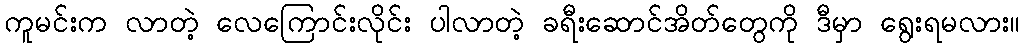
ကူမင်းက လာတဲ့ လေကြောင်းလိုင်း ပါလာတဲ့ ခရီးဆောင်အိတ်တွေကို ဒီမှာ ရွေးရမလား။